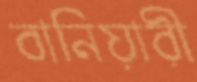
বানিয়ারী